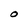
Character: O